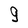
Character: g